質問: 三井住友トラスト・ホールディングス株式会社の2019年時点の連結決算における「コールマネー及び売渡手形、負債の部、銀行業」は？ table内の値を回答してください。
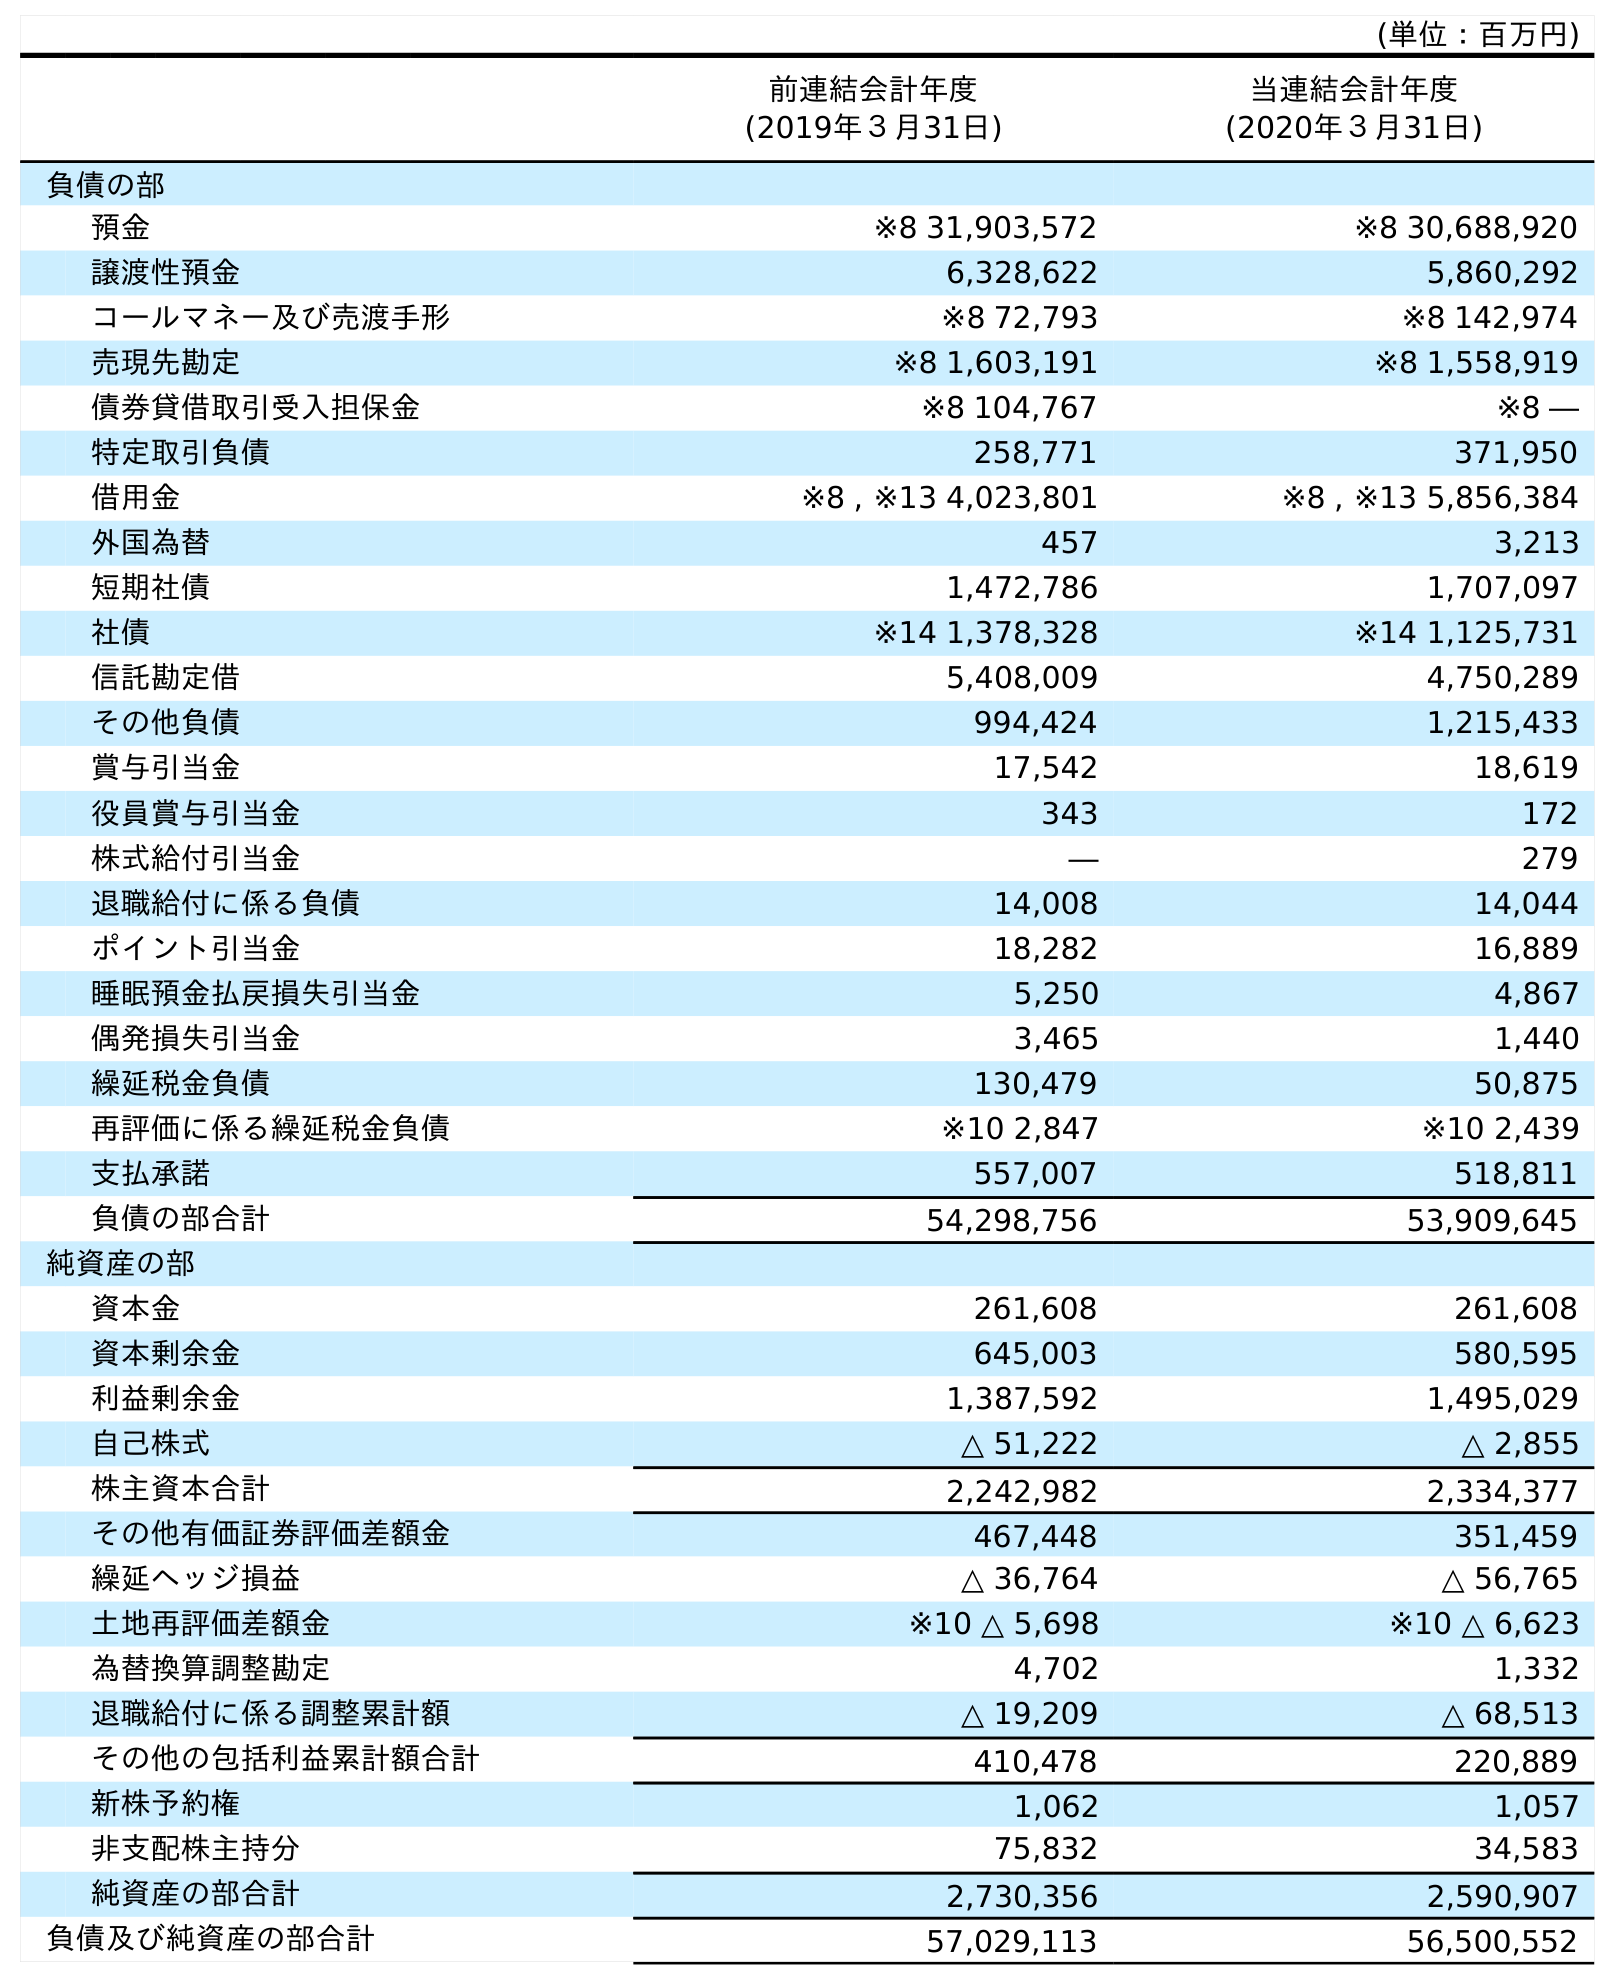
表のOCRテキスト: (単位：百万円) 前連結会計年度 (2019年３月31日) 当連結会計年度 (2020年３月31日) 負債の部 預金 ※8 31,903,572 ※8 30,688,920 譲渡性預金 6,328,622 5,860,292 コールマネー及び売渡手形 ※8 72,793 ※8 142,974 売現先勘定 ※8 1,603,191 ※8 1,558,919 債券貸借取引受入担保金 ※8 104,767 ※8 ― 特定取引負債 258,771 371,950 借用金 ※8 , ※13 4,023,801 ※8 , ※13 5,856,384 外国為替 457 3,213 短期社債 1,472,786 1,707,097 社債 ※14 1,378,328 ※14 1,125,731 信託勘定借 5,408,009 4,750,289 その他負債 994,424 1,215,433 賞与引当金 17,542 18,619 役員賞与引当金 343 172 株式給付引当金 ― 279 退職給付に係る負債 14,008 14,044 ポイント引当金 18,282 16,889 睡眠預金払戻損失引当金 5,250 4,867 偶発損失引当金 3,465 1,440 繰延税金負債 130,479 50,875 再評価に係る繰延税金負債 ※10 2,847 ※10 2,439 支払承諾 557,007 518,811 負債の部合計 54,298,756 53,909,645 純資産の部 資本金 261,608 261,608 資本剰余金 645,003 580,595 利益剰余金 1,387,592 1,495,029 自己株式 △ 51,222 △ 2,855 株主資本合計 2,242,982 2,334,377 その他有価証券評価差額金 467,448 351,459 繰延ヘッジ損益 △ 36,764 △ 56,765 土地再評価差額金 ※10 △ 5,698 ※10 △ 6,623 為替換算調整勘定 4,702 1,332 退職給付に係る調整累計額 △ 19,209 △ 68,513 その他の包括利益累計額合計 410,478 220,889 新株予約権 1,062 1,057 非支配株主持分 75,832 34,583 純資産の部合計 2,730,356 2,590,907 負債及び純資産の部合計 57,029,113 56,500,552
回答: ※872,793